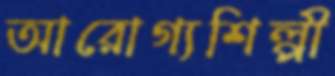
আরোগ্যশিল্পী